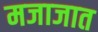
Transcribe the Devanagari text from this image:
मजाजात